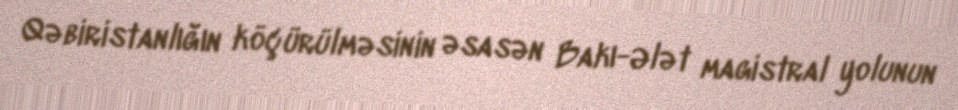
Qəbiristanlığın köçürülməsinin əsasən Bakı-Ələt magistral yolunun